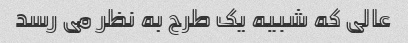
عالی که شبیه یک طرح به نظر می رسد